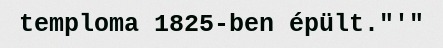
temploma 1825-ben épült."'"